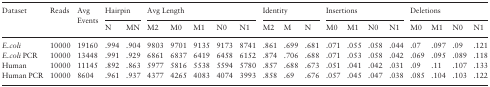
<table><thead><tr><td rowspan="2"><b>Dataset</b></td><td rowspan="2"><b>Reads</b></td><td rowspan="2"><b>Avg Events</b></td><td colspan="2"><b>Hairpin</b></td><td colspan="5"><b>Avg Length</b></td><td colspan="3"><b>Identity</b></td><td colspan="4"><b>Insertions</b></td><td colspan="4"><b>Deletions</b></td></tr><tr><td><b>N</b></td><td><b>MN</b></td><td><b>M2</b></td><td><b>M0</b></td><td><b>M1</b></td><td><b>N0</b></td><td><b>N1</b></td><td><b>M2</b></td><td><b>M</b></td><td><b>N</b></td><td><b>M0</b></td><td><b>M1</b></td><td><b>N0</b></td><td><b>N1</b></td><td><b>M0</b></td><td><b>M1</b></td><td><b>N0</b></td><td><b>N1</b></td></tr></thead><tbody><tr><td><i>E.coli</i></td><td>10000</td><td>19160</td><td>.994</td><td>.904</td><td>9803</td><td>9701</td><td>9135</td><td>9173</td><td>8741</td><td>.861</td><td>.699</td><td>.681</td><td>.071</td><td>.055</td><td>.058</td><td>.044</td><td>.07</td><td>.097</td><td>.09</td><td>.121</td></tr><tr><td><i>E.coli</i> PCR</td><td>10000</td><td>13448</td><td>.991</td><td>.929</td><td>6861</td><td>6837</td><td>6419</td><td>6458</td><td>6152</td><td>.874</td><td>.706</td><td>.688</td><td>.071</td><td>.053</td><td>.058</td><td>.042</td><td>.069</td><td>.095</td><td>.089</td><td>.118</td></tr><tr><td>Human</td><td>10000</td><td>11145</td><td>.892</td><td>.863</td><td>5977</td><td>5816</td><td>5538</td><td>5594</td><td>5780</td><td>.857</td><td>.688</td><td>.673</td><td>.051</td><td>.041</td><td>.042</td><td>.031</td><td>.09</td><td>.11</td><td>.107</td><td>.133</td></tr><tr><td>Human PCR</td><td>10000</td><td>8604</td><td>.961</td><td>.937</td><td>4377</td><td>4265</td><td>4083</td><td>4074</td><td>3993</td><td>.858</td><td>.69</td><td>.676</td><td>.057</td><td>.045</td><td>.047</td><td>.038</td><td>.085</td><td>.104</td><td>.103</td><td>.122</td></tr></tbody></table>